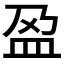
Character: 𫞰